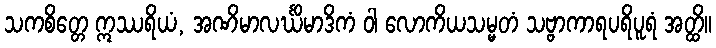
သကစိတ္တေ ဣဿရိယံ, အဏိမာလင်္ဃိမာဒိကံ ဝါ လောကိယသမ္မတံ သဗ္ဗာကာရပရိပူရံ အတ္ထိ။